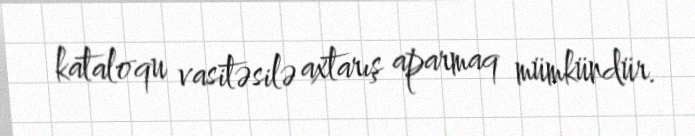
kataloqu vasitəsilə axtarış aparmaq mümkündür.